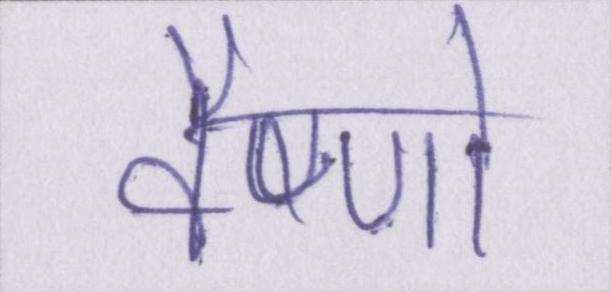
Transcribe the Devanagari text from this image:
वैष्णो